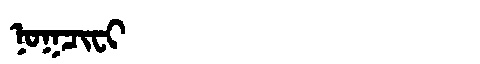
Manchu: ᠨᠣᡴᠴᡳᠸᡳ
Romanization: NOKCIFI